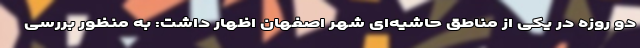
دو روزه در یکی از مناطق حاشیه‌ای شهر اصفهان اظهار داشت: به منظور بررسی